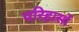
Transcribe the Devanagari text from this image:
परिहासों